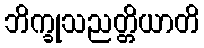
ဘိက္ခုသညတ္တိယာတိ